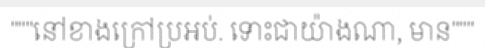
"""នៅខាងក្រៅប្រអប់. ទោះជាយ៉ាងណា, មាន"""